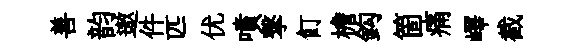
善韵遨件匹优噴撃飣檐鈎箇痛嶧截